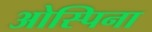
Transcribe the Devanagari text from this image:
ओस्पिना